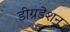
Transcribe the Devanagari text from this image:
डीग्रडेशन